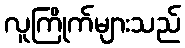
လူကြိုက်များသည်